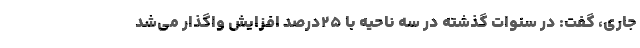
جاری، گفت: در سنوات گذشته در سه ناحیه با ۲۵درصد افزایش واگذار می‌شد